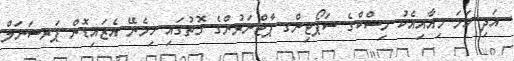
އަދި ހަމަ މިއާއިއެކު މިސްކްގެ ސަޕޯޓިންގ ޕާޓްނަރުންގެ ގޮތުގައި ހިމެނޭ އެޒައިޑޮން ޕަރސަނަލް